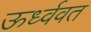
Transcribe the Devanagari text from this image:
ऊर्ध्ववत